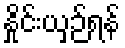
နှိုင်းယှဉ်ရန်